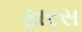
ફારસ